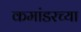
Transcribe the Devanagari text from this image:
कमांडरच्या